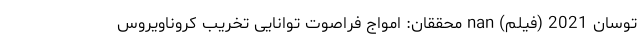
توسان 2021 (فیلم) nan محققان: امواج فراصوت توانایی تخریب کروناویروس